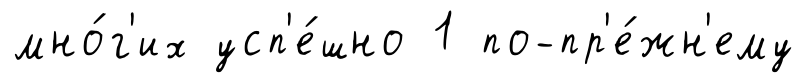
мно́г'их усп'е́шно 1 по-пр'е́жн'ему